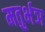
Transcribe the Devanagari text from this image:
मतुर्भञ